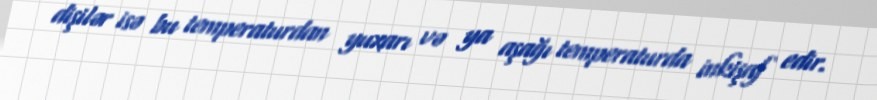
dişilər isə bu temperaturdan yuxarı və ya aşağı temperaturda inkişaf edir.